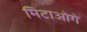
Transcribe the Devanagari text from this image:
मिटाओगे